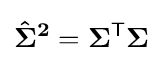
\mathbf {{\hat {\Sigma }}^{2}} =\mathbf {\Sigma } ^{\mathsf {T}}\mathbf {\Sigma }